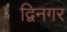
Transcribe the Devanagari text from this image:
द्विनगर